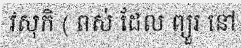
វសុកិ ( ពស់ ដែល ព្យួរ នៅ